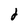
Character: 2